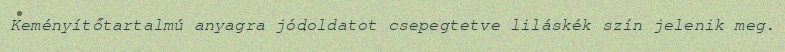
Keményítőtartalmú anyagra jódoldatot csepegtetve liláskék szín jelenik meg.